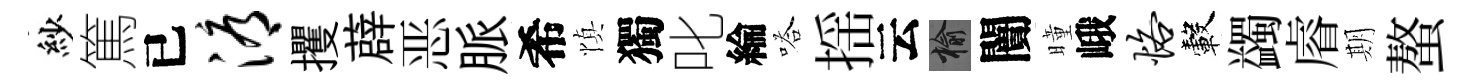
紗篤已溽攫薜恶脈希慎獨叱綸嗒揺云榆闠曈峨恪轂蠲𥈠期螯